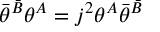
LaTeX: \bar { \theta } ^ { \bar { B } } \theta ^ { A } = j ^ { 2 } \theta ^ { A } \bar { \theta } ^ { \bar { B } }